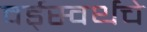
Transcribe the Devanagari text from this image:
वर्ड्‌स्वर्थचे